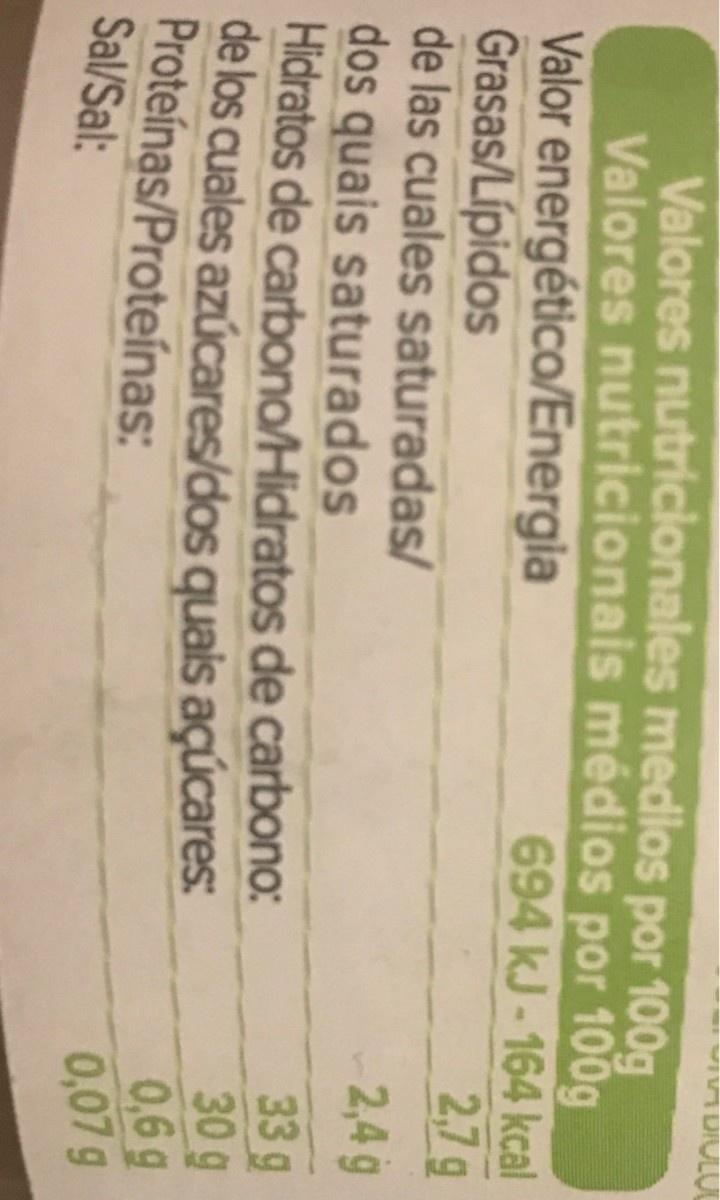
Valores nutricionales medios por 100g Valores nutricionais médios por 100g Valor energético/Energia Grasas/Lípidos de las cuales saturadas/ dos quais saturados Hidratos de carbono/Hidratos de carbono: de los cuales azúcares/dos quais açúcares: Proteínas/Proteínas: Sal/Sal: 694 kJ - 164 kcal 2,7g 2,4 g 33g 30g 0,6g 0,07g